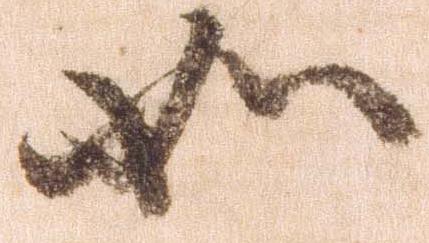
如